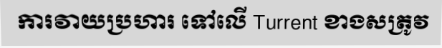
ការវាយប្រហារ ទៅលើ Turrent ខាងសត្រូវ